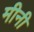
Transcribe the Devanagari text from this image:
मीनी